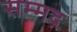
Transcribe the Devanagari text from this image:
सम्मद